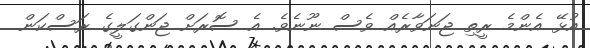
އުޅޭ އެންމެ ރީތި ޖަނަވާރެއް ވެސް ނޫނެވެ. އެ ސޮރަށް ޖަންގަލީގެ ރަސްކަން